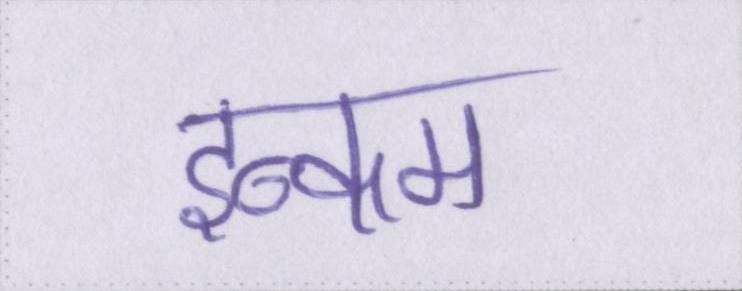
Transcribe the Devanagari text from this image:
इन्कम